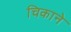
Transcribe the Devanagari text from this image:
चिकाने